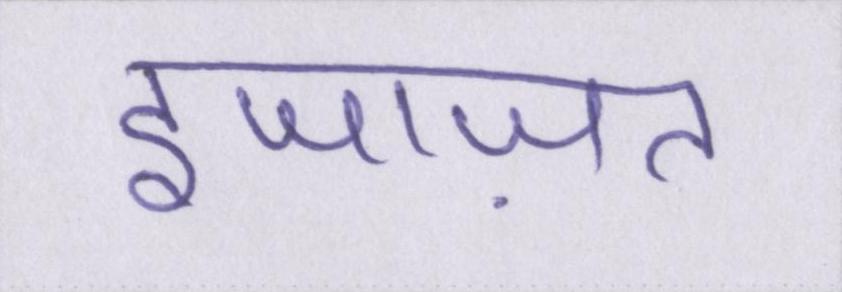
इजाज़त